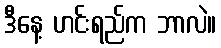
ဒီနေ့ ဟင်းရည်က ဘာလဲ။